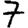
Digit: 7